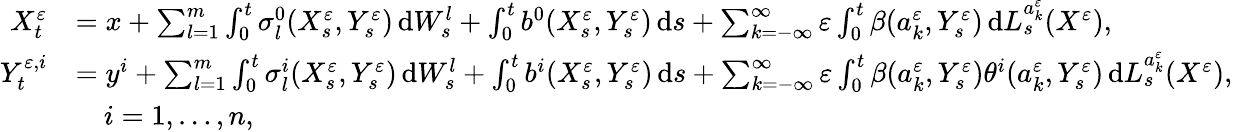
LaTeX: \begin{array}{rl}{X_{t}^{\varepsilon}}&{=x+\sum_{l=1}^{m}\int_{0}^{t}\sigma_{l}^{0}(X_{s}^{\varepsilon},Y_{s}^{\varepsilon})\, \mathrm{d}W_{s}^{l}+\int_{0}^{t}b^{0}(X_{s}^{\varepsilon},Y_{s}^{\varepsilon})\, \mathrm{d}s+\sum_{k=-\infty}^{\infty}\varepsilon\int_{0}^{t}\beta(a_{k}^{\varepsilon},Y_{s}^{\varepsilon})\, \mathrm{d}L_{s}^{a_{k}^{\varepsilon}}(X^{\varepsilon}),}\\ {Y_{t}^{\varepsilon,i}}&{=y^{i}+\sum_{l=1}^{m}\int_{0}^{t}\sigma_{l}^{i}(X_{s}^{\varepsilon},Y_{s}^{\varepsilon})\, \mathrm{d}W_{s}^{l}+\int_{0}^{t}b^{i}(X_{s}^{\varepsilon},Y_{s}^{\varepsilon})\, \mathrm{d}s+\sum_{k=-\infty}^{\infty}\varepsilon\int_{0}^{t}\beta(a_{k}^{\varepsilon},Y_{s}^{\varepsilon})\theta^{i}(a_{k}^{\varepsilon},Y_{s}^{\varepsilon})\, \mathrm{d}L_{s}^{a_{k}^{\varepsilon}}(X^{\varepsilon}),}\\ &{\quad i=1,\dots,n,}\end{array}